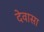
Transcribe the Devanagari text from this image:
देवासा